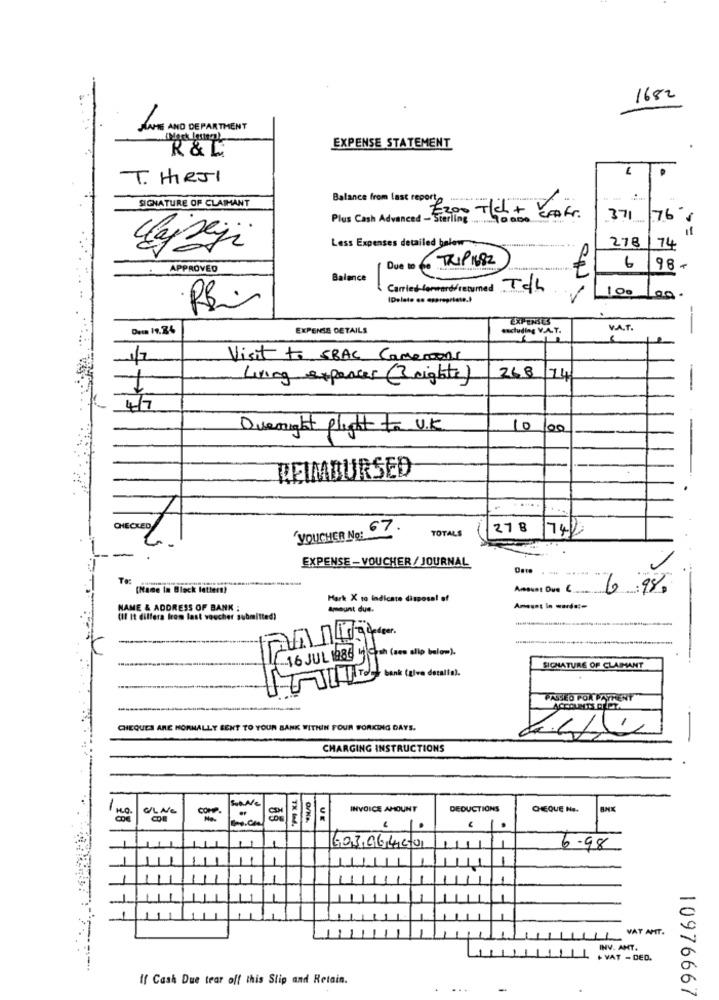
1682
JANTE AND DEPARTMENT
R & L
EXPENSE STATEMENT
.
T. HIRJI
SIGNATURE OF CLAIMANT
Plus Cash Advanced - Sterline
Balance from last report 200 7/c + Krofr.
371 7.6
if
Less Expenses detailed below
278
...
74
TRIP 1682
APPROVED
Due to
6
198-
Balance
-
Carried forward/ returned To/h
100
RBi
EXPENSES
EXPENSE DETAILS
excluding V.A.T.
V.A.T.
-
Visit to SBAC Camerons
268
Living expenses (3 eighte)
174
4/7
Overnight flight to U.K
10
00
REIMBURSED
.
.... .
CHECKED
VOUCHER No: 67.
TOTALS
278
742
EXPENSE -VOUCHER / JOURNAL
To:
(Name In Block letters)
Amount Due
6.9%
Mark X to indicate disposal of
NAME & ADDRESS OF BANK :
amount due.
Amount In -de :-
(Il It dillera from last voucher submitted)
bank (give detalla).
SIGNATURE OF CLAIMANT
HEQUES ARE NORMALLY SENT TO YOUR BANK WITHIN FOUR FORKING DAYS.
-
CHARGING INSTRUCTIONS
COMP
INVOICE AMOUNT
DEDUCTIONS
CHEQUE No.
BNK
UE
60306420
6.98
VAT AMT.
T
INV. AMT.
+ VAT - DED.
If Cash Due tear off this Slip and Retain.
.
...
-
.
10976667